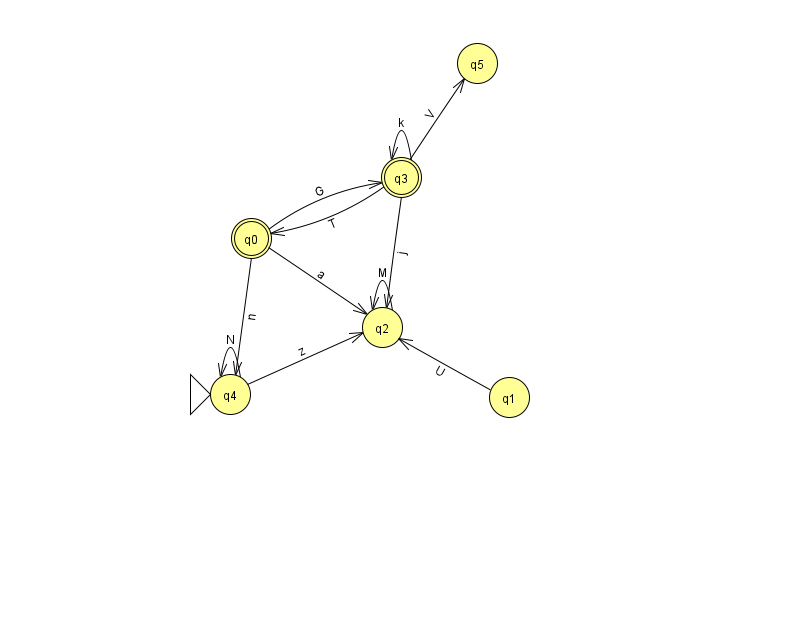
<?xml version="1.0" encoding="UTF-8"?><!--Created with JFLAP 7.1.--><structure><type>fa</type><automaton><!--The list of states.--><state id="0" name="q0"><x>251.0</x><y>225.0</y><final/></state><state id="1" name="q1"><x>509.0</x><y>384.0</y></state><state id="2" name="q2"><x>382.0</x><y>314.0</y></state><state id="3" name="q3"><x>401.0</x><y>164.0</y><final/></state><state id="4" name="q4"><x>230.0</x><y>381.0</y><initial/></state><state id="5" name="q5"><x>477.0</x><y>50.0</y></state><!--The list of transitions.--><transition><from>4</from><to>2</to><read>z</read></transition><transition><from>3</from><to>2</to><read>j</read></transition><transition><from>3</from><to>0</to><read>T</read></transition><transition><from>0</from><to>3</to><read>G</read></transition><transition><from>1</from><to>2</to><read>U</read></transition><transition><from>0</from><to>2</to><read>a</read></transition><transition><from>3</from><to>5</to><read>V</read></transition><transition><from>3</from><to>3</to><read>k</read></transition><transition><from>0</from><to>4</to><read>n</read></transition><transition><from>2</from><to>2</to><read>M</read></transition><transition><from>4</from><to>4</to><read>N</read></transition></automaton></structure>